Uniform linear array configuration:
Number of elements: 64
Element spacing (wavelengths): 0.75
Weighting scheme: blackman
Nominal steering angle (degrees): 30
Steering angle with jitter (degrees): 28.959
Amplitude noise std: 0.05
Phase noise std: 0.05

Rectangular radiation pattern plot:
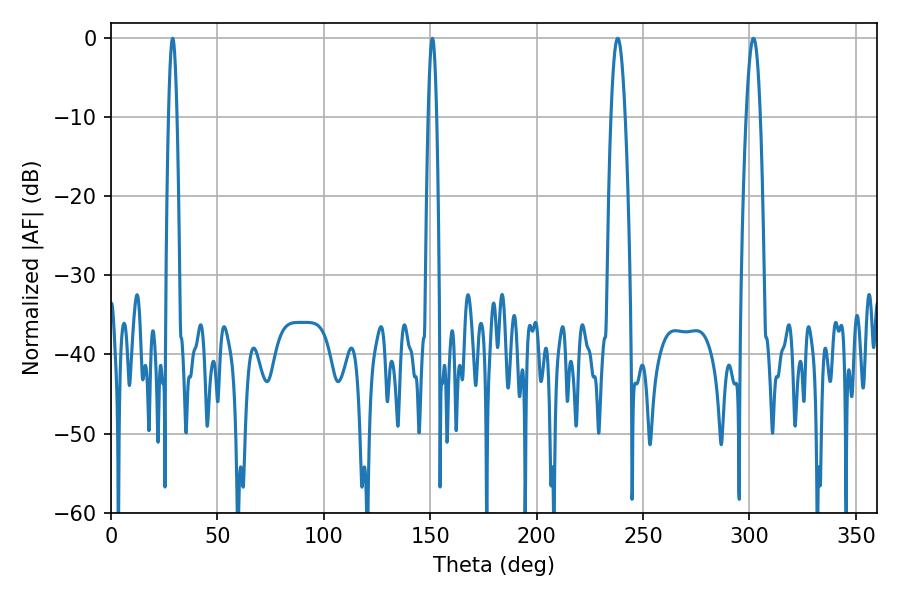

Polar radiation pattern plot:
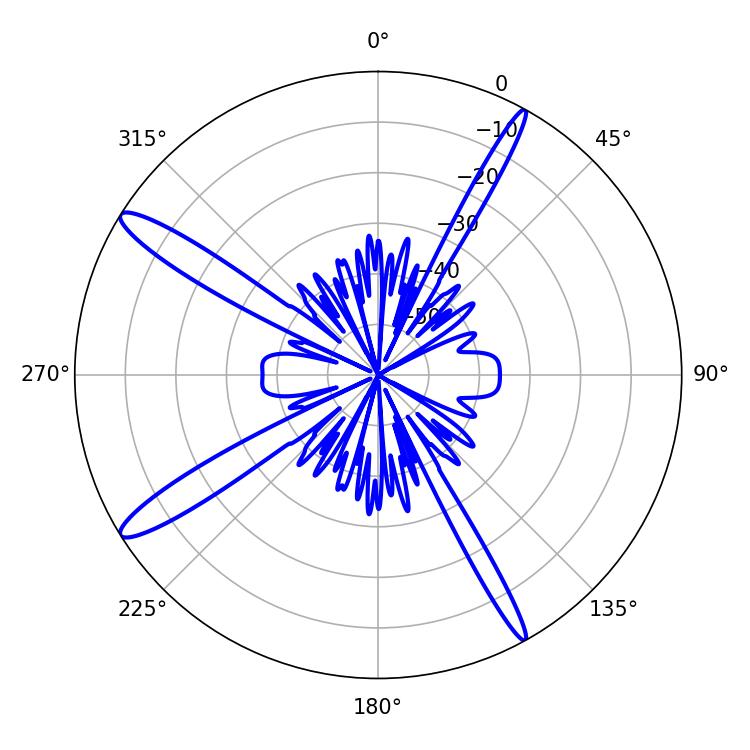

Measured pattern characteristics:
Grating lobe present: TRUE
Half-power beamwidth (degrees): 2.16
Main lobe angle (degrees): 28.98